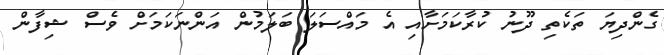
ގެންދިޔަ ތަކެތި ދޫނު ކުރާކަމަށާއި އެ މައްސަލަ ބަލަމުން އަންނަކަމަށް ވެސް ޝިފާން